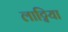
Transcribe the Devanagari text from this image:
लाट्विया